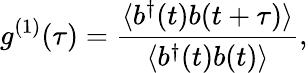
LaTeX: g^{(1)}(\tau)=\frac{\langle b^{\dagger}(t)b(t+\tau)\rangle}{\langle b^{\dagger}(t)b(t)\rangle},